Account of plague administration in the Bombay Presidency from September 1896 till May 1897
Year: 1896
Disease focus: Plague
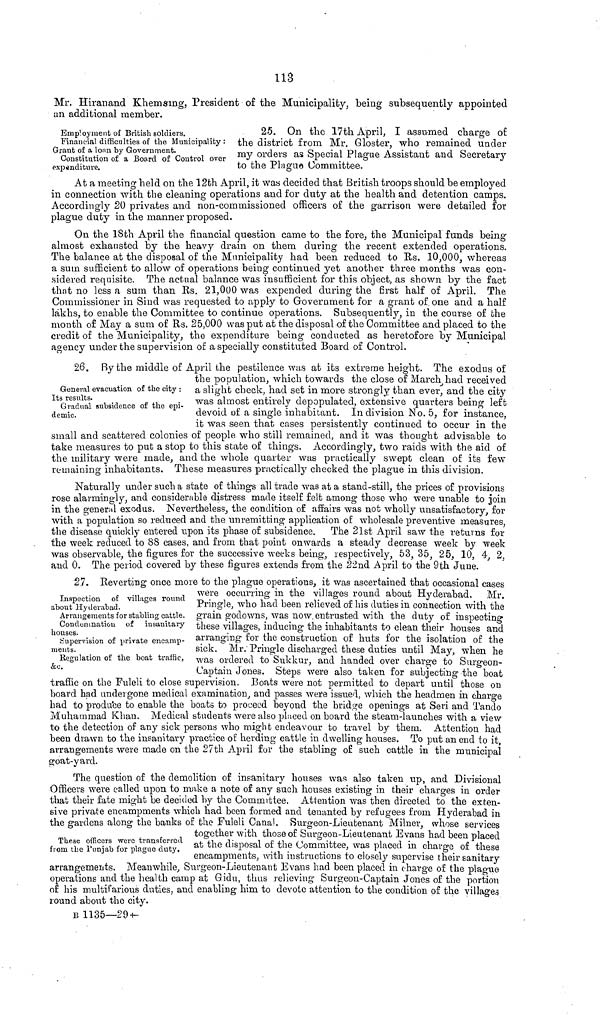
113
Mr. Hiranand Khemsing, President of the Municipality, being subsequently appointed
an additional member.
Employment of British soldiers.
Financial difficulties of the Municipality :
Grant of a loan by Government.
Constitution of a Board of Control over
expenditure.
25. On the 17th April, I assumed charge of
the district from Mr. Gloster, who remained under
my orders as Special Plague Assistant and Secretary
to the Plague Committee.
At a meeting held on the 12th April, it was decided that British troops should be employed
in connection with the cleaning operations and for duty at the health and detention camps.
Accordingly 20 privates and non-commissioned officers of the garrison were detailed for
plague duty in the manner proposed.
On the 18th April the financial question came to the fore, the Municipal funds being
almost exhausted by the heavy drain on them during the recent extended operations.
The balance at the disposal of the Municipality had been reduced to Us. 10,000, whereas
a sum sufficient to allow of operations being continued yet another three months was con-
sidered requisite. The actual balance was insufficient for this object, as shown by the fact
that no less a sum than Es. 21,000 was expended during the first half of April. The
Commissioner in Sind was requested to apply to Government for a grant of one and a half
lakhs, to enable the Committee to continue operations. Subsequently, in the course of the
month of May a sum of Rs. 25,000 was put at the disposal of the Committee and placed to the
credit of the Municipality, the expenditure being conducted as heretofore by Municipal
agency under the supervision of a specially constituted Board of Control.
General evacuation of the city :
Its results.
Gradual subsidence of the epi-
demic.
26. By the middle of April the pestilence was at its extreme height. The exodus of
the population, which towards the close or March had received
a slight check, had set in more strongly than ever, and the city
was almost entirely depopulated, extensive quarters being left
devoid of a single inhabitant. Indivision No. 5, for instance,
it was seen that cases persistently continued to occur in the
small and scattered colonies of people who still remained, and it was thought advisable to
take measures to put a stop to this state of things. Accordingly, two raids with the aid of
the military were made, and the whole quarter was practically swept clean of its few
remaining inhabitants. These measures practically checked the plague in this division.
Naturally under such a state of things all trade was at a stand-still, the prices of provisions
rose alarmingly, and considerable distress made itself felt among those- who were unable to join
in the general exodus. Nevertheless, the condition of affairs was not wholly unsatisfactory, for
with a population so reduced and the unremitting application of wholesale preventive measures,
the disease quickly entered upon its phase of subsidence. The 21st April saw the returns for
the week reduced to 88 cases, and from that point onwards a steady decrease week by week
was observable, the figures for the successive weeks being, respectively, 53, 35, 25, 10, 4, 2,
and 0. The period covered by these figures extends from the 22nd April to the 9th June.
Inspection of villages round
about Hyderabad.
Arrangements for stabling cattle.
Condemnation of insauitary
houses.
Supervision of private encamp-
ments.
Regulation of the boat traffic,
&c.
27. Reverting once more to the plague operations, it was ascertained that occasional cases
were occurring in the villages round about Hyderabad. Mr.
Pringle, who had been relieved of his duties in connection with the
grain godowns, was now. entrusted with the duty of inspecting
these villages, inducing the inhabitants to clean their houses and
arranging for the construction of huts for the isolation of the
sick. Mr. Priugle discharged these duties until May, when he
was ordered to Sukkur, and handed over charge to Surgeon-
Captain Jones. Steps were also taken for subjecting· the boat
traffic on the Fuleli to close supervision. Boats were not permitted to depart until those on
board had undergone medical examination, and passes were issued, which the headmen in charge
had to produce to enable the boats to proceed beyond the bridge openings at Seri and Tando
Muhammad Khan. Medical students were also placed on hoard the steam-launches with a view
to the detection of any sick persons who might endeavour to travel by them. Attention had
been drawn to the insanitary practice of herding cattle in dwelling houses. To put an end to it,
arrangements were made on the 27th April for the stabling of such cattle in the municipal
goat-yard.
These officers were transferred
from the Punjab for plague duty.
The question of the demolition of insanitary houses was also taken up, and Divisional
Officers were called upon to make a note of any such houses existing in their charges in order
that their fate might be decided by the Committee. Attention was then directed to the exten-
sive private encampments which had been formed and tenanted by refugees from Hyderabad in
the gardens along the banks of the Fuleli Cana'. Surgeon-Lieutenant Milner whose services
together with those of Surgeon-Lieutenant Evans had been placed
at the disposal of the Committee, was placed in charge of these
encampments, with instructions to closely supervise their sanitäry
arrangements. Meanwhile, Surgeon-Lieutenant Evans had been placed in charge of the plague
operations and the health camp at Gidu, thus relieving Surgeon-Captain Jones of the portion
of his multifarious duties, and enabling him to devote attention to the condition of the villages
round about the city.
B 1135—29+